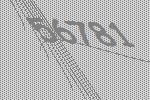
56781